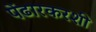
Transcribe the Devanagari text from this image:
पेंढारकरशी